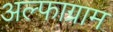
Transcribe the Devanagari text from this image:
अल्फाग्राम